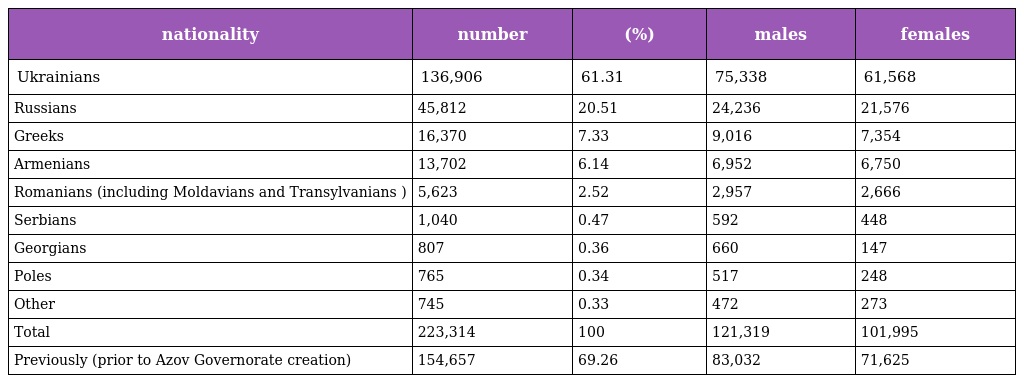
| nationality | number | (%) | males | females |
 | --- | --- | --- | --- | --- |
 | Ukrainians | 136,906 | 61.31 | 75,338 | 61,568 |
 | Russians | 45,812 | 20.51 | 24,236 | 21,576 |
 | Greeks | 16,370 | 7.33 | 9,016 | 7,354 |
 | Armenians | 13,702 | 6.14 | 6,952 | 6,750 |
 | Romanians (including Moldavians and Transylvanians ) | 5,623 | 2.52 | 2,957 | 2,666 |
 | Serbians | 1,040 | 0.47 | 592 | 448 |
 | Georgians | 807 | 0.36 | 660 | 147 |
 | Poles | 765 | 0.34 | 517 | 248 |
 | Other | 745 | 0.33 | 472 | 273 |
 | Total | 223,314 | 100 | 121,319 | 101,995 |
 | Previously (prior to Azov Governorate creation) | 154,657 | 69.26 | 83,032 | 71,625 |